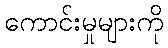
ကောင်းမှုများကို